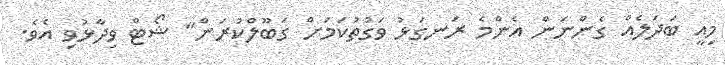
މިއީ ބަދަލެއް ގެންނަން އެންމެ ރަނގަޅު ވަގުތުކަމަށް ގަބޫލްކުރަން" ޝޯޓް ވިދާޅުވި އެވެ.